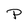
Character: P